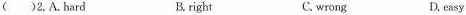
( )2.A.hard B. right C. wrong D. easy